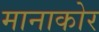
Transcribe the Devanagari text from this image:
मानाकोर